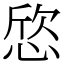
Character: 𢜛